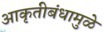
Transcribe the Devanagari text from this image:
आकृतीबंधामुळे